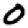
Digit: 0